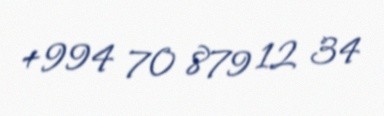
+994 70 879 12 34